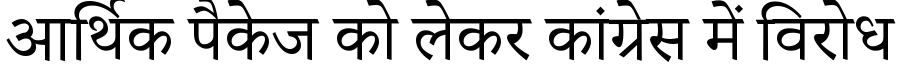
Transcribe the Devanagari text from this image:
आर्थिक पैकेज को लेकर कांग्रेस में विरोध